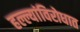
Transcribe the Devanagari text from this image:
हल्ल्यांविरोधात